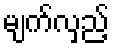
မျက်လှည့်